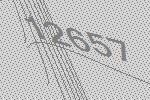
12657